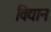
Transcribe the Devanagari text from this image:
विद्यान